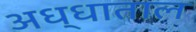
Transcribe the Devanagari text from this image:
अध्धाताल